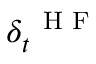
\delta _ { t } ^ { \mathrm { ~ \scriptsize ~ H ~ F ~ } }